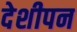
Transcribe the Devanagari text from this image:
देशीपन